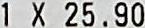
1 X 25.90